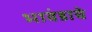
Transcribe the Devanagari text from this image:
भावंडाचे